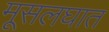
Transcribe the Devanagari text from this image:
मूसलघात